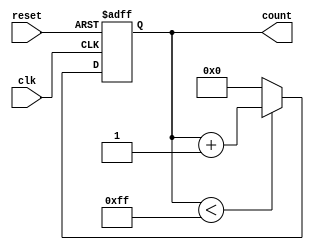
module MemoryBlocksUpCounter #(
    parameter WIDTH = 8,               // Bit width for the count output
    parameter INITIAL_VALUE = 8'h00,   // Initial value for the counter
    parameter MAX_COUNT_VALUE = 8'hFF   // Maximum count value
)(
    input wire clk,                    // Clock input
    input wire reset,                  // Asynchronous reset input
    output reg [WIDTH-1:0] count       // Count output
);

    // Always block for counting logic
    always @(posedge clk or posedge reset) begin
        if (reset) begin
            count <= INITIAL_VALUE;     // Reset to initial value
        end else begin
            if (count < MAX_COUNT_VALUE) begin
                count <= count + 1;     // Increment count
            end else begin
                count <= INITIAL_VALUE;  // Reset to initial value on overflow
            end
        end
    end

endmodule